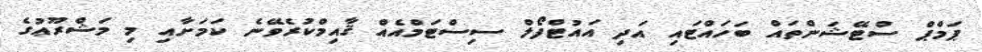
ޕަމްޕް ސްޓޭޝަންތައް ބަހައްޓައި އަދި އައުޓްފޯލް ސިސްޓަމްއެއް ޤާއިމްކުރެވޭނެ ކަމަށާއި މި މަޝްރޫޢުގެ